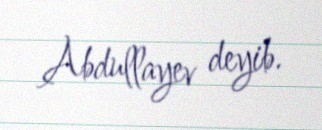
Abdullayev deyib.